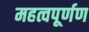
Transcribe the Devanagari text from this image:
महत्वपूर्णण